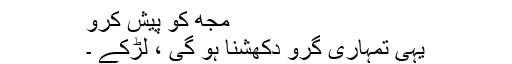
مجھ کو پیش کرو
یہی تمہاری گرو دکھشنا ہو گی ، لڑکے ۔